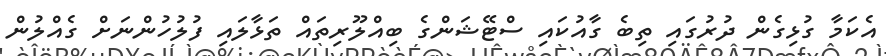
އެކަމާ ގުޅިގެން ދުރުގައި ތިބެ ގާއުކައި ސްޓޭޝަންގެ ބިއްލޫރިތައް ތަޅާލައި ފުލުހުންނަށް ގެއްލުން